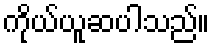
ကိုယ်ယူဆပါသည်။